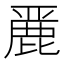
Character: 䴡